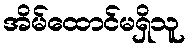
အိမ်ထောင်မရှိသူ